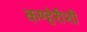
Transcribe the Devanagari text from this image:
कण्हेरीशी